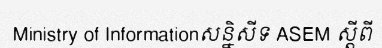
Ministry of Informationសន្និសីទ ASEM ស្តីពី